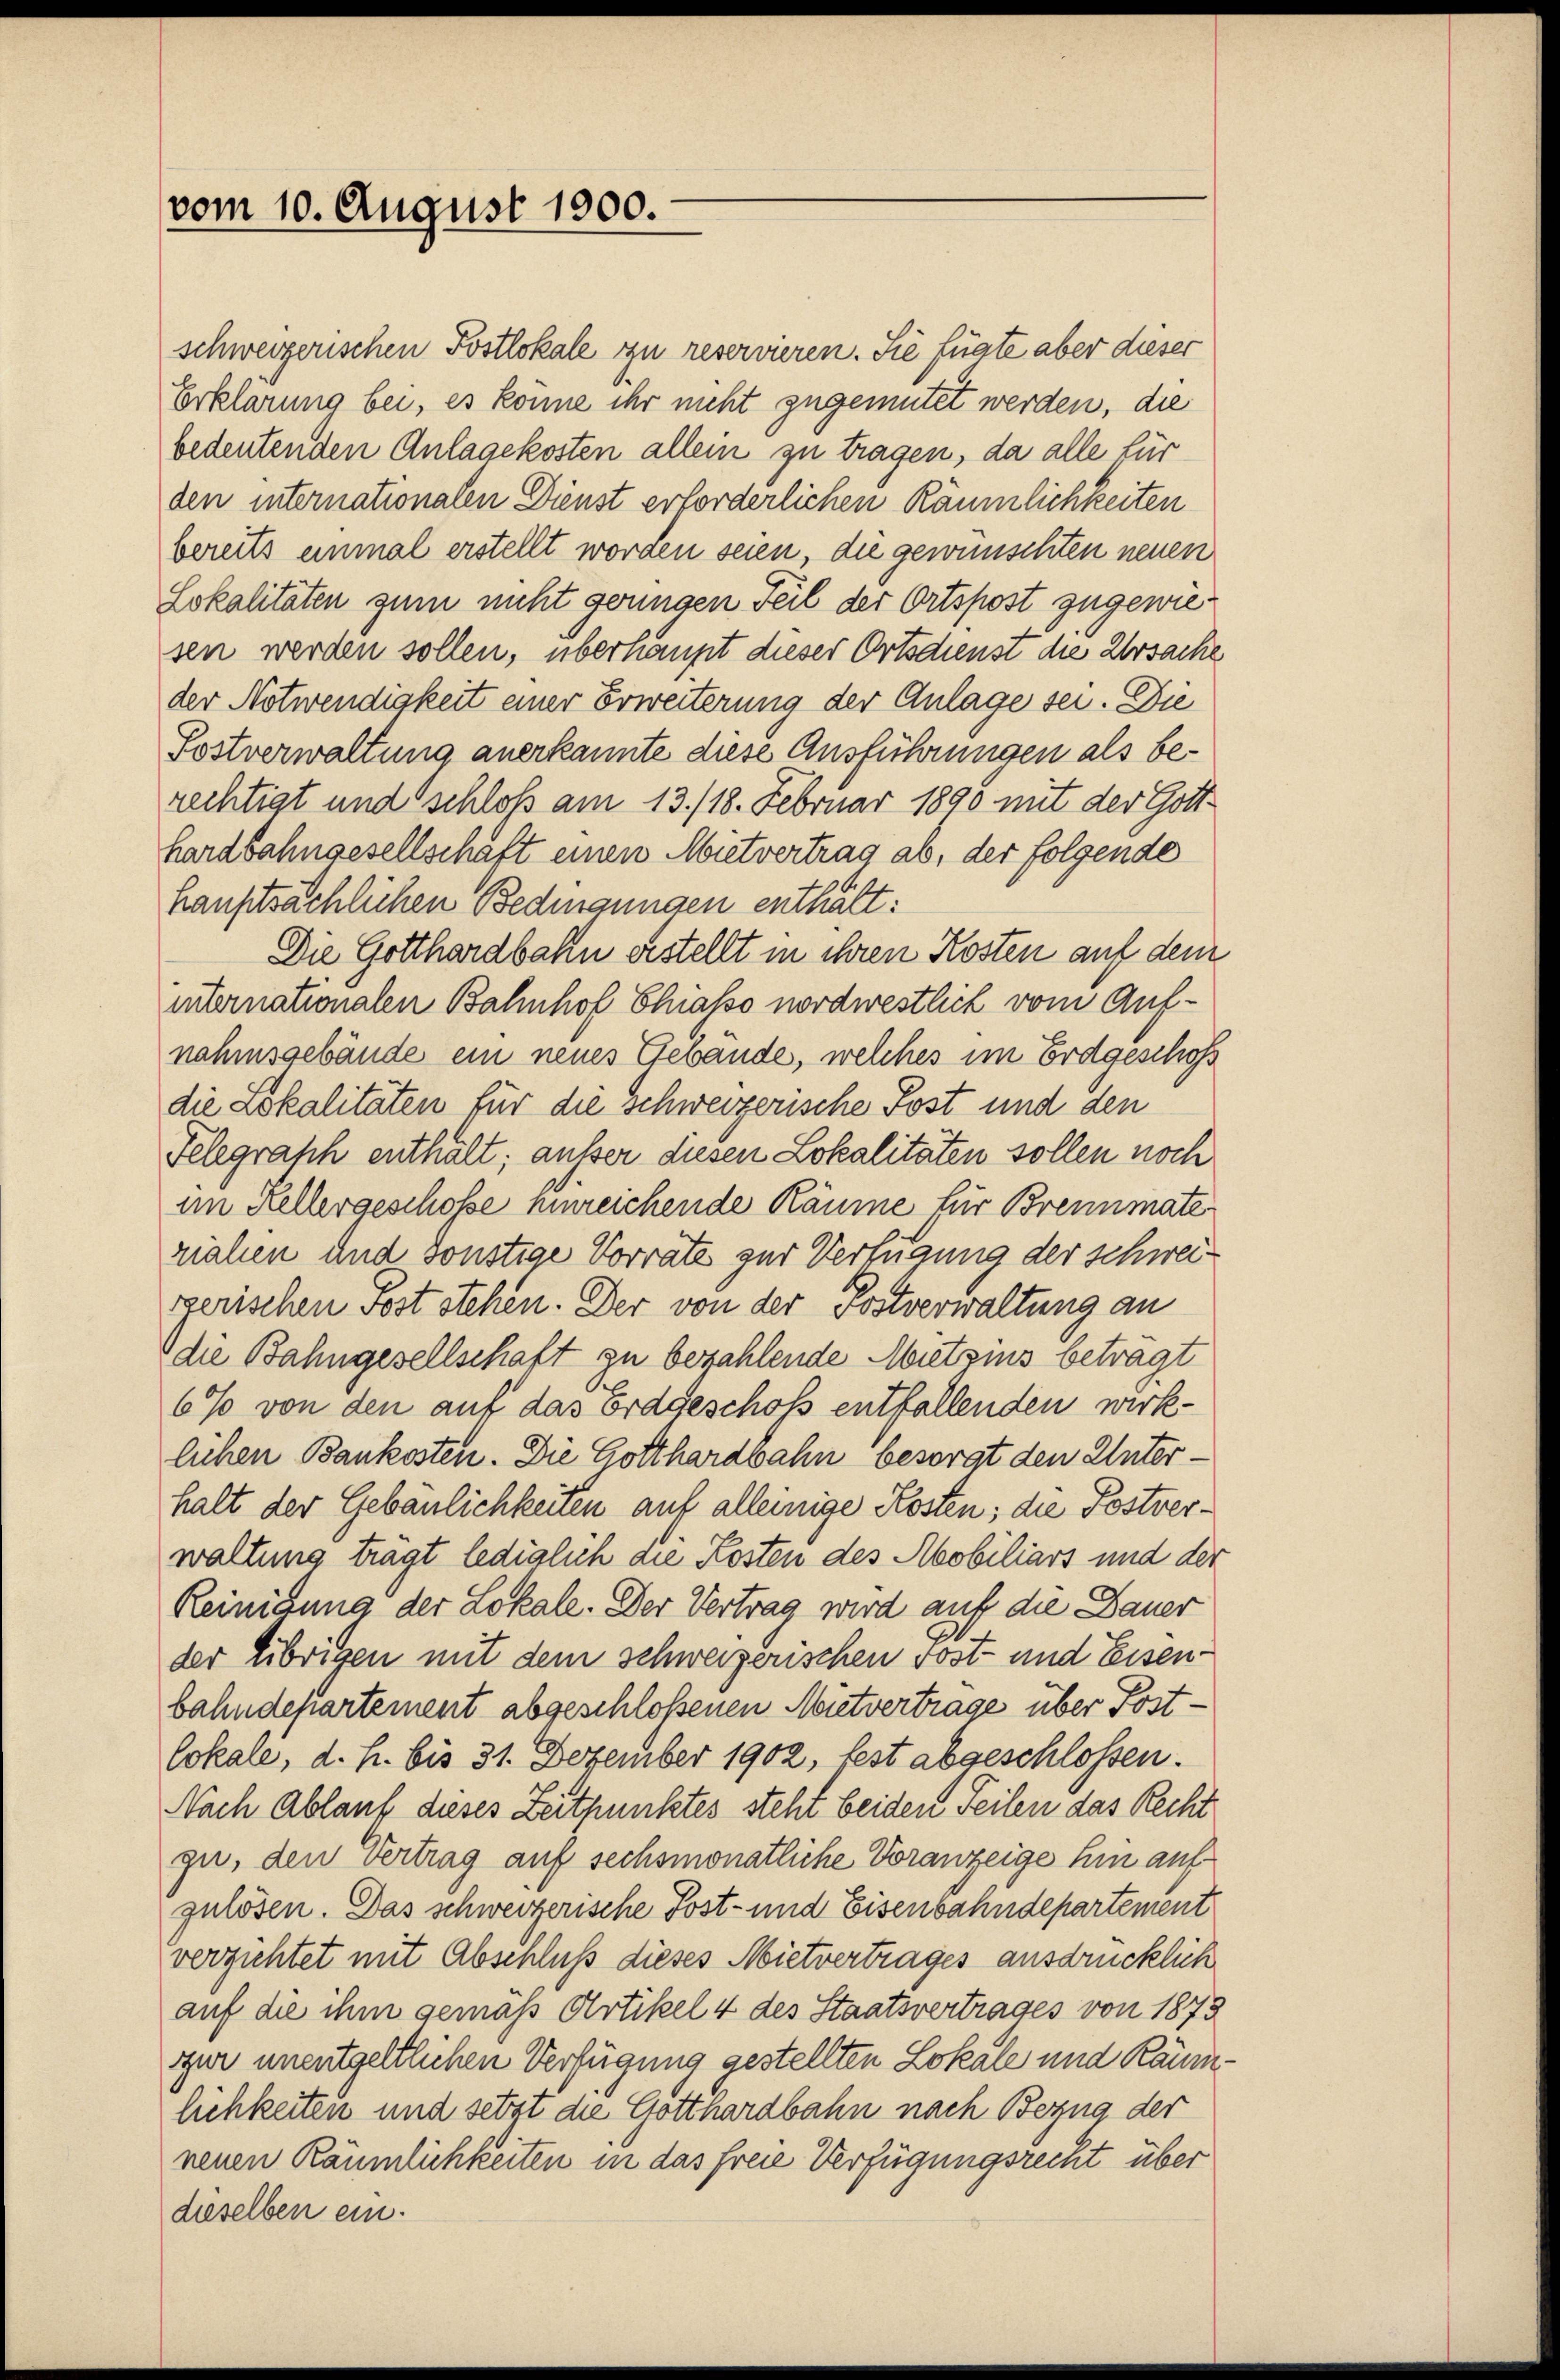
vom 10. August 1900.

schweizerischen Postlokale zu reservieren. Sie fügte aber dieser
Erklärung bei, es könne ihr nicht zugemutet werden, die
bedeutenden Anlagekosten allein zu tragen, da alle für
den internationalen Dienst erforderlichen Räumlichkeiten
bereits einmal erstellt worden seien, die gewünschten neuen
Lokalitäten zum nicht geringen Teil der Ortspost zugewiesen werden sollen, überhaupt dieser Ortsdienst die Ursache
der Notwendigkeit einer Erweiterung der Anlage sei. Die
Postverwaltung anerkannte diese Ausführungen als berechtigt und schloß am 13./18. Februar 1890 mit der Gotthardbahngesellschaft einen Mietvertrag ab, der folgende
hauptsächlichen Bedingungen enthält:
Die Gotthardbahn erstellt in ihren Kosten auf dem
internationalen Bahnhof Chiasso nordwesthet vom Aufnahmsgebäude ein neues Gebäude, welches im Erdgeschoss
die Lokalitäten für die Schweizerische Post und den
Felegraph enthält; außer diesen Lokalitäten sollen noch
im Kellergeschosse hinreichende Räume für Brennmate
rialen und sonstige Vorrate zur Verfügung der Schweizerischen Post stehen. Der von der Postverwaltung an
die Bahngesellschaft zu bezahlende Mitzins betragt
6% von den auf das ordgeschoss entfallenden wirklichen Bankesten. Die Gotthardbahn besorgt den Unterhalt der Gebäulichkeiten auf alleinige Kosten; die Postverwaltung trägt lediglich die Kosten des Abobiliars und der
Reinigung der Lokale. Der Vertrag wird auf die Dauer
der übrigen mit dem schweizerischen Post- und Eisenbahndepartement abgeschloßenen Mietvertrage über Postlokale, d. h. bis 31. Dezember 1902, fest abgeschlossen.
Nach Ablauf dieses Zeitpunktes steht beiden Teilen das Recht
gi, den Vertrag auf sechsmonatliche Voranzeige hin auf
gulösen. Das schweizerische Post- und Eisenbahndepartement
verzichtet mit Absenluss dieses Mietvertrages ausdrücklich
auf die ihm gemäß Artikel 4 des Staatsvertrages von 1873
sur unentgeltlichen Verfügung gestellten Lokale und Räumlichkeiten und setzt die Gotthardbahn nach Bezug der
neuen Räumlichkeiten in das freie Verfügungsrecht über
dieselben ein.